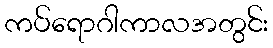
ကပ်ရောဂါကာလအတွင်း